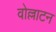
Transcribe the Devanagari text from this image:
वोल्लाटन